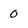
Character: 0